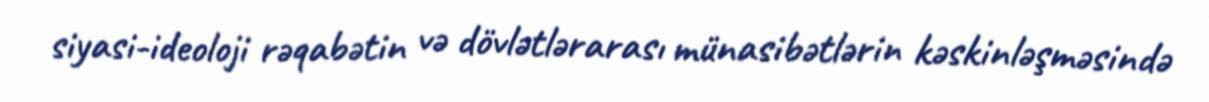
siyasi-ideoloji rəqabətin və dövlətlərarası münasibətlərin kəskinləşməsində